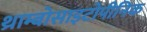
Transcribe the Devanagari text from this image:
थ्राम्बोसाइटोपीनिक